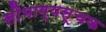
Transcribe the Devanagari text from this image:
सौभाग्यसूचक